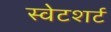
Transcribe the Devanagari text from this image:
स्वेटशर्ट